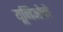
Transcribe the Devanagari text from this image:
यूनिओने